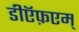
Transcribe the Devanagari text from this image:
डीऍफ़एम्